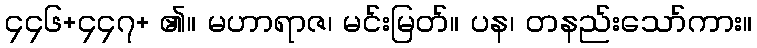
၄၄၆+၄၄၇+ ၏။ မဟာရာဇ၊ မင်းမြတ်။ ပန၊ တနည်းသော်ကား။